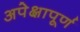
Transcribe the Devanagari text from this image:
अपेक्षापूर्ण